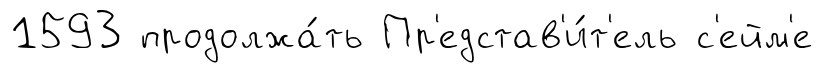
1593 продолжа́ть Пр'едстав'и́т'ель с'ейм'е